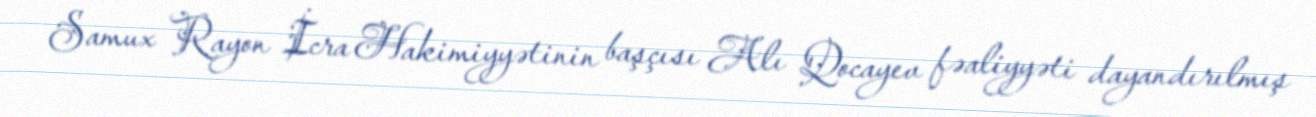
Samux Rayon İcra Hakimiyyətinin başçısı Alı Qocayev fəaliyyəti dayandırılmış